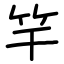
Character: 竿